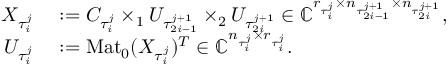
\begin{array} { r l } { X _ { \tau _ { i } ^ { j } } } & { { } : = C _ { \tau _ { i } ^ { j } } \times _ { 1 } U _ { \tau _ { 2 i - 1 } ^ { j + 1 } } \times _ { 2 } U _ { \tau _ { 2 i } ^ { j + 1 } } \in \mathbb { C } ^ { r _ { \tau _ { i } ^ { j } } \times n _ { \tau _ { 2 i - 1 } ^ { j + 1 } } \times n _ { \tau _ { 2 i } ^ { j + 1 } } } , } \\ { U _ { \tau _ { i } ^ { j } } } & { { } : = \mathrm { M a t } _ { 0 } ( X _ { \tau _ { i } ^ { j } } ) ^ { T } \in \mathbb { C } ^ { n _ { \tau _ { i } ^ { j } } \times r _ { \tau _ { i } ^ { j } } } . } \end{array}